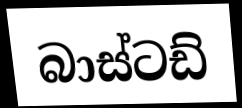
බාස්ටඩ්